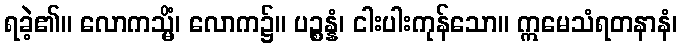
ရခဲ့၏။ လောကသ္မိံ၊ လောက၌။ ပဉ္စန္နံ၊ ငါးပါးကုန်သော။ ဣမေသံရတနာနံ၊